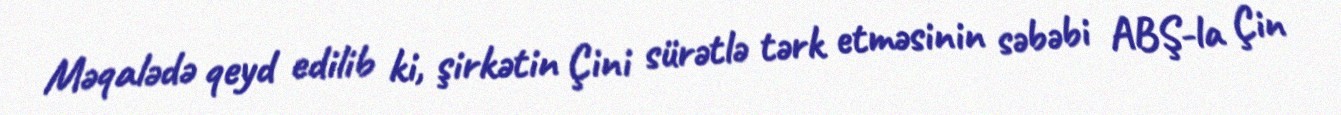
Məqalədə qeyd edilib ki, şirkətin Çini sürətlə tərk etməsinin səbəbi ABŞ-la Çin